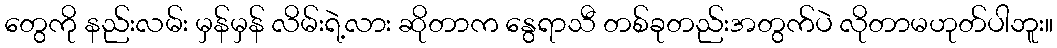
တွေကို နည်းလမ်း မှန်မှန် လိမ်းရဲ့လား ဆိုတာက နွေရာသီ တစ်ခုတည်းအတွက်ပဲ လိုတာမဟုတ်ပါဘူး။